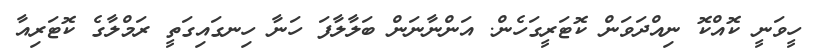
ހީވަނީ ކޮއްކޮ ނިއްދަވަން ކޮޓަރީގަހެން. އަންނާނަން ބަލާލާފަ ހަނާ ހިނގައިގަތީ ރަމްލާގެ ކޮޓަރިއާ